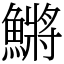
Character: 鱂